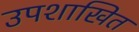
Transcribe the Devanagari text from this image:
उपशाखित